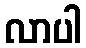
လာပါ